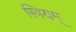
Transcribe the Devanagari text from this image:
स्त्रियम्